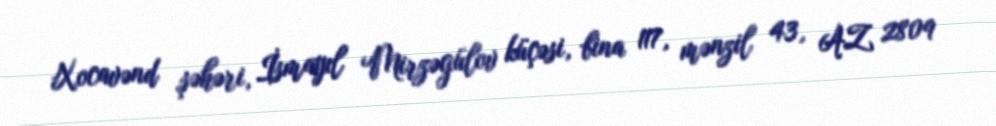
Xocavənd şəhəri, İsmayıl Mirzəgülov küçəsi, bina 117, mənzil 43, AZ 2809